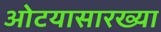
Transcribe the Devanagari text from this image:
ओटयासारख्या